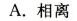
A.相离